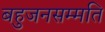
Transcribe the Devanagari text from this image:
बहुजनसम्मति